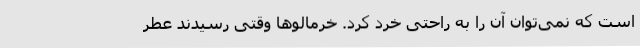
است که نمی‌توان آن را به راحتی خرد کرد. خرمالو‌ها وقتی رسیدند عطر